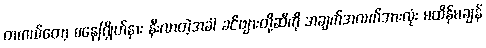
တကယ်တော့ စနေဂြိုဟ်နား နီးလာတဲ့အခါ ခင်ဗျားတို့ဆီကို အချက်အလက်အားလုံး မထိန်မချန်